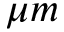
\mu m